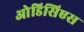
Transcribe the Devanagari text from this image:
ओडिसिएस